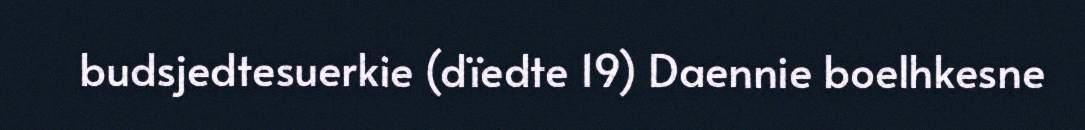
budsjedtesuerkie (dïedte 19) Daennie boelhkesne